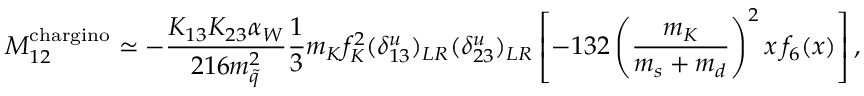
M _ { 1 2 } ^ { \mathrm { c h a r g i n o } } \simeq - \frac { K _ { 1 3 } K _ { 2 3 } \alpha _ { W } } { 2 1 6 m _ { \tilde { q } } ^ { 2 } } \frac { 1 } { 3 } m _ { K } f _ { K } ^ { 2 } ( \delta _ { 1 3 } ^ { u } ) _ { L R } ( \delta _ { 2 3 } ^ { u } ) _ { L R } \left[ - 1 3 2 \left( \frac { m _ { K } } { m _ { s } + m _ { d } } \right) ^ { 2 } x \, f _ { 6 } ( x ) \right] ,